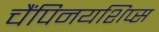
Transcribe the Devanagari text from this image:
चैंपिनयशिप्स